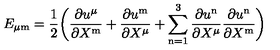
E _ { \mu \mathrm { m } } = { \frac { 1 } { 2 } } \biggl ( { \frac { \partial u ^ { \mu } } { \partial X ^ { \mathrm { m } } } } + { \frac { \partial u ^ { \mathrm { m } } } { \partial X ^ { \mu } } } + \sum _ { \mathrm { n } = 1 } ^ { 3 } { \frac { \partial u ^ { \mathrm { n } } } { \partial X ^ { \mu } } } { \frac { \partial u ^ { \mathrm { n } } } { \partial X ^ { \mathrm { m } } } } \biggr )